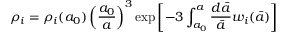
\rho _ { i } = \rho _ { i } ( a _ { 0 } ) \left( \frac { a _ { 0 } } { a } \right) ^ { 3 } \exp \left[ - 3 \int _ { a _ { 0 } } ^ { a } \frac { d \bar { a } } { \bar { a } } w _ { i } ( \bar { a } ) \right]